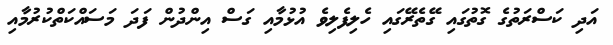
އަދި ކަސްރަތުގެ ގޮތުގައި ގޭތެރޭގައި ހެލިފެލިވެ އުޅުމާއި ގަސް އިންދުން ފަދަ މަސައްކަތްކުރުމާއި